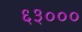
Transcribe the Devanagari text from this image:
६३०००